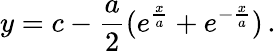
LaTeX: y=c-\frac{a}{2}(e^{\frac{x}{a}}+e^{-\frac{x}{a}})\, .